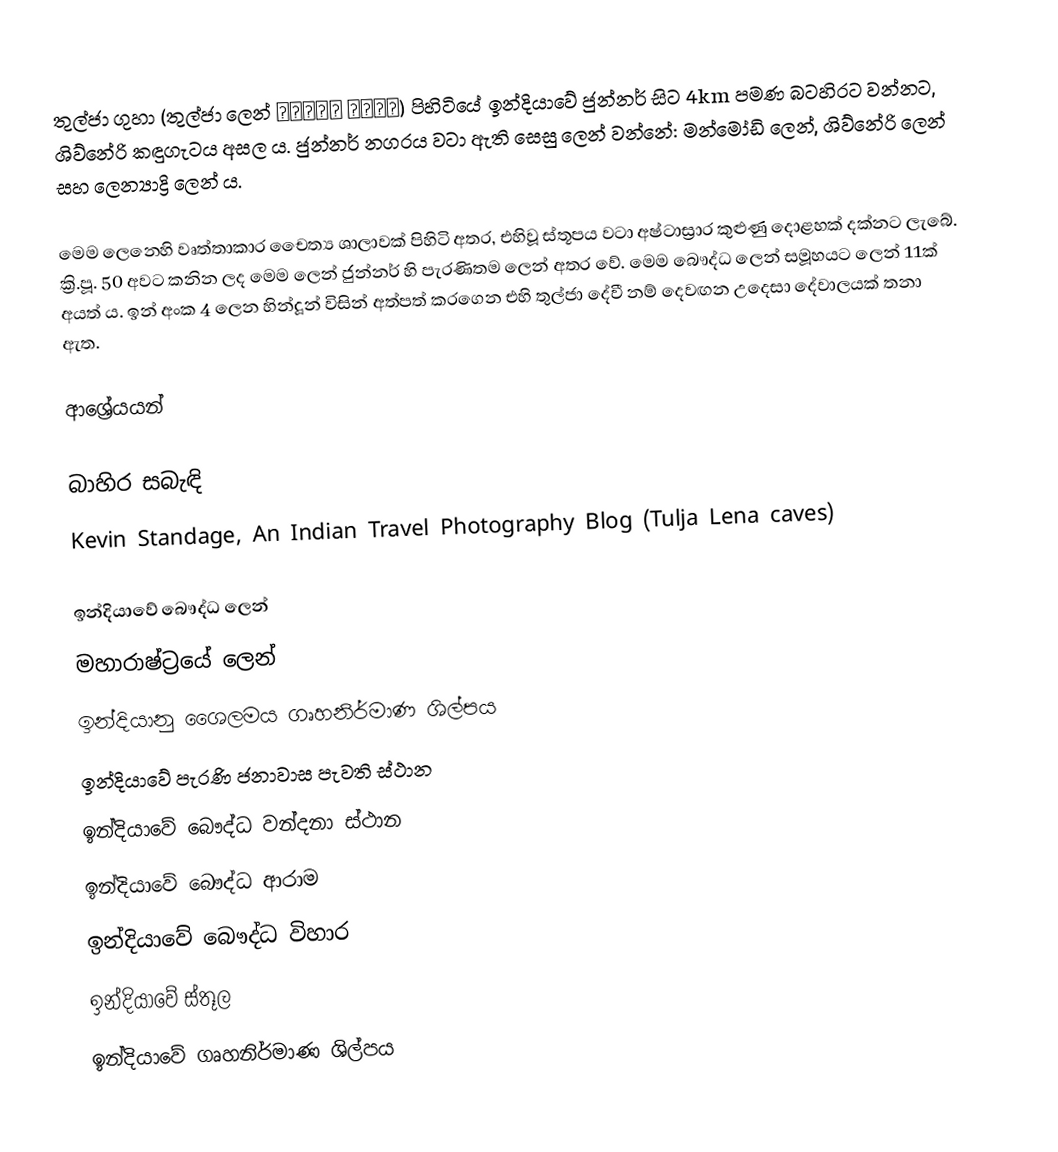
තුල්ජා ගුහා (තුල්ජා ලෙන් तुळजा लेणी) පිහිටියේ ඉන්දියාවේ ජුන්නර් සිට 4km පමණ බටහිරට වන්නට, ශිව්නේරි කඳුගැටය අසල ය. ජුන්නර් නගරය වටා ඇති සෙසු ලෙන් වන්නේ: මන්මෝඩි ලෙන්, ශිව්නේරි ලෙන් සහ ලෙන්‍යාද්‍රි ලෙන් ය.

මෙම ලෙනෙහි වෘත්තාකාර චෛත්‍ය ශාලාවක් පිහිටි අතර, එහිවූ ස්තූපය වටා අෂ්ටාස්‍රාර කුළුණු දොළහක් දක්නට ලැබේ. ක්‍රි.පූ. 50 අවට කනින ලද මෙම ලෙන් ජුන්නර් හි පැරණිතම ලෙන් අතර වේ. මෙම බෞද්ධ ලෙන් සමූහයට ලෙන් 11ක් අයත් ය. ඉන් අංක 4 ලෙන හින්දූන් විසින් අත්පත් කරගෙන එහි තුල්ජා දේවී නම් දෙවඟන උදෙසා දේවාලයක් තනා ඇත.

ආශ්‍රේයයන්

බාහිර සබැඳි
 Kevin Standage, An Indian Travel Photography Blog (Tulja Lena caves)

ඉන්දියාවේ බෞද්ධ ලෙන්
මහාරාෂ්ට්‍රයේ ලෙන්
ඉන්දියානු ශෛලමය ගෘහනිර්මාණ ශිල්පය
ඉන්දියාවේ පැරණි ජනාවාස පැවති ස්ථාන
ඉන්දියාවේ බෞද්ධ වන්දනා ස්ථාන
ඉන්දියාවේ බෞද්ධ ආරාම
ඉන්දියාවේ බෞද්ධ විහාර
ඉන්දියාවේ ස්තූල
ඉන්දියාවේ ගෘහනිර්මාණ ශිල්පය